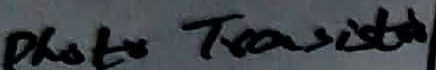
Text: Photo Transistor